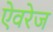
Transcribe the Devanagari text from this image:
ऐवरेज